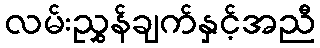
လမ်းညွှန်ချက်နှင့်အညီ